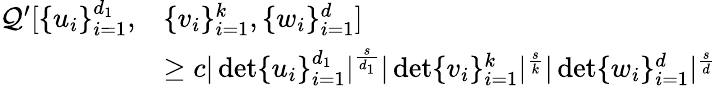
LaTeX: \begin{array}{rl}{\mathcal{Q}^{\prime}[\{ u_{i}\} _{i=1}^{d_{1}},}&{\{ v_{i}\} _{i=1}^{k},\{ w_{i}\} _{i=1}^{d}]}\\ &{\geq c|\operatorname*{det}\{ u_{i}\} _{i=1}^{d_{1}}|^{\frac{s}{d_{1}}}|\operatorname*{det}\{ v_{i}\} _{i=1}^{k}|^{\frac{s}{k}}|\operatorname*{det}\{ w_{i}\} _{i=1}^{d}|^{\frac{s}{d}}}\end{array}